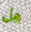
هل